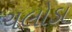
ચલોડા